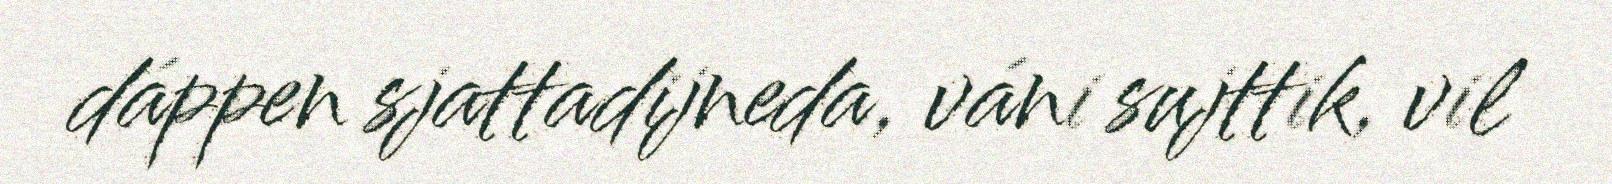
dáppen sjattadijneda, váni sujttik, vil